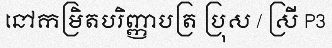
នៅកម្រិតបរិញ្ញាបត្រ ប្រុស / ស្រី P3